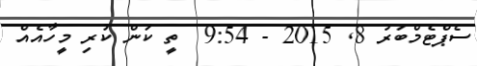
ސެޕްޓެމްބަރު 8